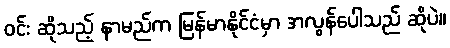
ဝင်း ဆိုသည့် နာမည်က မြန်မာနိုင်ငံမှာ အလွန်ပေါသည် ဆိုပဲ။